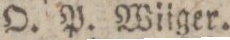
O. P. Wiiger.